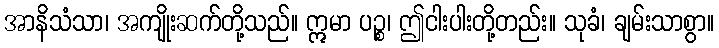
အာနိသံသာ၊ အကျိုးဆက်တို့သည်။ ဣမာ ပဉ္စ၊ ဤငါးပါးတို့တည်း။ သုခံ၊ ချမ်းသာစွာ။